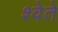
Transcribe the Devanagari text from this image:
श्वेते